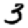
Digit: 3